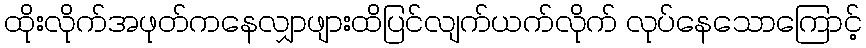
ထိုးလိုက်အဖုတ်ကနေလျှာဖျားထိပြင်လျက်ယက်လိုက် လုပ်နေသောကြောင့်